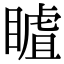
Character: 䁦